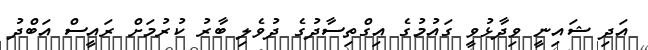
އަދި ޝައިނީ ވިދާޅުވީ ގައުމުގެ އިގްތިސާދުގެ ދުވެލި ބާރު ކުރުމަށް ރައީސް އަބްދު